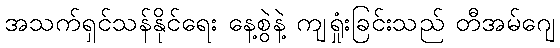
အသက်ရှင်သန်နိုင်ရေး နေ့စွဲနဲ့ ကျရှုံးခြင်းသည် တီအမ်ဂျေ